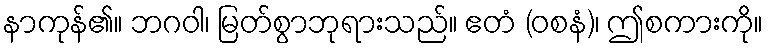
နာကုန်၏။ ဘဂဝါ၊ မြတ်စွာဘုရားသည်။ ဧတံ (ဝစနံ)၊ ဤစကားကို။